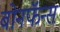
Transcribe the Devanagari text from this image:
बोनफॅन्स